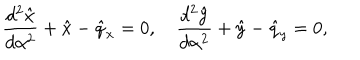
{ \frac { d ^ { 2 } \hat { x } } { d \alpha ^ { 2 } } } + \hat { x } - \hat { q } _ { x } = 0 , \quad { \frac { d ^ { 2 } \hat { y } } { d \alpha ^ { 2 } } } + \hat { y } - \hat { q } _ { y } = 0 ,